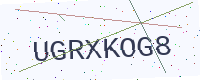
Text: UGRXKOG8